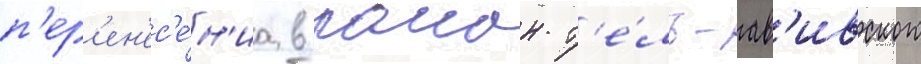
п'ер'ен'ес'е́н'иа в раион т'е́ль-ав'ивского